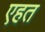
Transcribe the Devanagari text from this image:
एहत